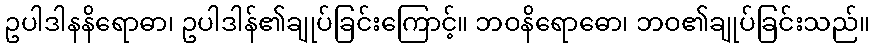
ဥပါဒါနနိရောဓာ၊ ဥပါဒါန်၏ချုပ်ခြင်းကြောင့်။ ဘဝနိရောဓော၊ ဘဝ၏ချုပ်ခြင်းသည်။